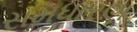
સમધારણ